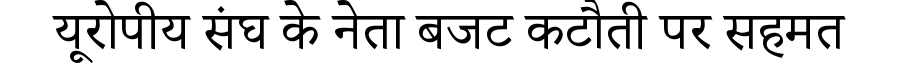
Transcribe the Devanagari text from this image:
यूरोपीय संघ के नेता बजट कटौती पर सहमत